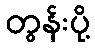
တွန်းပို့